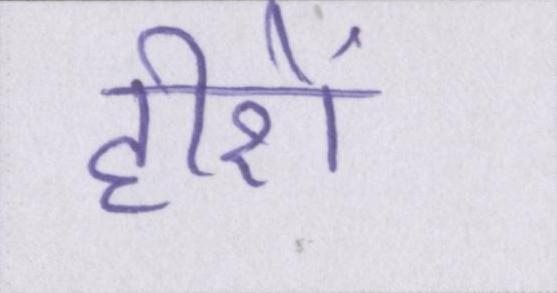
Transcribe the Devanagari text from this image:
हीरों